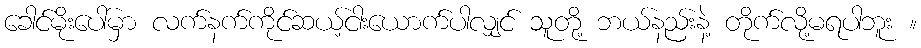
ခေါင်မိုးပေါ်မှာ လက်နက်ကိုင်ဆယ့်ငါးယောက်ပါလျှင် သူတို့ ဘယ်နည်းနဲ့ တိုက်လို့မရပါဘူး ။